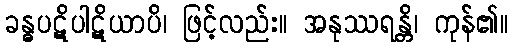
ခန္ဓပဋိပါဋိယာပိ၊ ဖြင့်လည်း။ အနုဿရန္တိ၊ ကုန်၏။